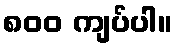
၈၀၀ ကျပ်ပါ။